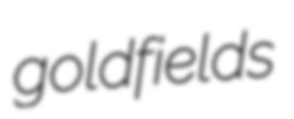
goldfields